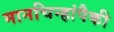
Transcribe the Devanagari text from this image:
मानचिन्हांपैकी